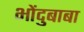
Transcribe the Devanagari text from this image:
भोंदुबाबा